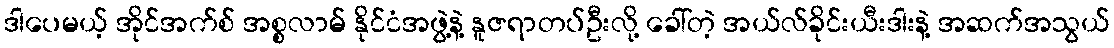
ဒါပေမယ့် အိုင်အက်စ် အစ္စလာမ် နိုင်ငံအဖွဲ့နဲ့ နူဇရာတပ်ဦးလို့ ခေါ်တဲ့ အယ်လ်ခိုင်းယီးဒါးနဲ့ အဆက်အသွယ်